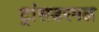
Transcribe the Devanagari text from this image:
ट्रांसडरमल